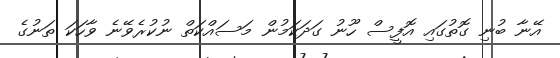
އޭނާ ބުނި ގޮތުގައި އޮފީސް ހޫނު ގަދަކަމުން މަސައްކަތް ނުކުރެވޭނެ ވާހަކަ ތަނުގެ